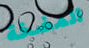
المضخة